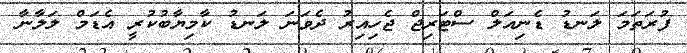
ފުރަތަަމަ ލަނޑު ޑެނިއަލް ސްޓަރިޖް ޖެހިއިރު ދެވަނަ ލަނޑު ކާމިޔާބުކުރީ އެޑަމް ލަލާނާ